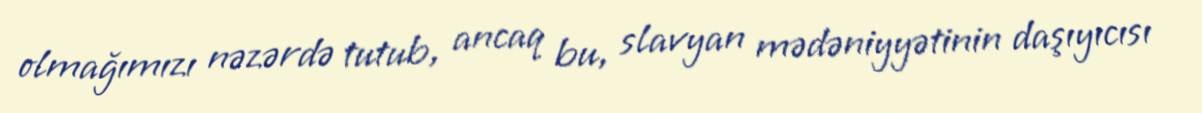
olmağımızı nəzərdə tutub, ancaq bu, slavyan mədəniyyətinin daşıyıcısı